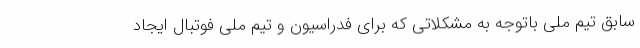
سابق تیم ملی باتوجه به مشکلاتی که برای فدراسیون و تیم ملی فوتبال ایجاد